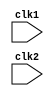
module pipelined_mips (clk1,clk2);

  input clk1,clk2;    //2 phase clk

  parameter R_format=6'b000000,lw=6'b100011,sw=6'b101011,
  beq=6'b000100,bne=6'b000101,j=6'b000010,jal=6'b000011,
  addi=6'b001000,andi=6'b001100,ori=6'b001101,xori=6'b001110,
  slti=6'b001010,lui=6'b001111,hlt=6'b111111;
  parameter jr_func=8;
  ////////////////////////////////////////////////////////////////////////////////
  reg halted , branch_taken;// special regs for hlt and indicating jump/branches
  //// inbetween stages registers
  reg [31:0] IF_ID_IR, ID_EX_IR, EX_MEM_IR, MEM_WB_IR,IF_ID_NPC, ID_EX_NPC,
  			 EX_MEM_NPC,MEM_WB_NPC,ID_EX_A,ID_EX_B,ID_EX_IMM,EX_MEM_ALUresult,
  			EX_MEM_A,EX_MEM_B,EX_MEM_BranchAdrr,MEM_WB_RDM,MEM_WB_ALUresult
  			,EX_MEM_JumpAdrr;
                  
  //////////////////////////////////////////////////////////////////////////////
  reg [31:0]  I_memory [0:8191];  // declaration of instruction mem of size 4KB 
  reg [31:0]  D_memory [0:8191];  // declaration of data mem of size 4KB 
  reg [31:0] reg_file[0:31]; 
  reg [31:0] pc;
////////////////////////////////////////////////////////////
  //stage 1 */ Instruction fetch (IF) /*////////////////////
  always @(posedge clk1)
    begin 
    	branch_taken<=#2  0;
      if (halted==0)
        begin
         
             // 	jump_taken<=#2 0;
          if (((EX_MEM_ALUresult==0)&&(EX_MEM_IR[31:26]==beq)) ||
              ((EX_MEM_ALUresult!=0)&&(EX_MEM_IR[31:26]==bne)) )     
          begin// if instruction being executed is bne or beq
          		IF_ID_NPC <=#2  EX_MEM_BranchAdrr+4;
         IF_ID_IR <= #2 I_memory[({2'b00,EX_MEM_BranchAdrr[31:2]})];
            	pc<=#2 EX_MEM_BranchAdrr+4;//>>2for byte addressed mem
            	branch_taken<=#2 1;
          end
          
          else if ((EX_MEM_IR[31:26]==j)||(EX_MEM_IR[31:26]==jal))
          begin		// if instruction being executed is jump/jal
          		IF_ID_NPC <=#2 EX_MEM_JumpAdrr+4;
          IF_ID_IR <=#2  I_memory[({2'b00,EX_MEM_JumpAdrr[31:2]})];
            pc<=#2 EX_MEM_JumpAdrr+4; 
             	branch_taken<=#2 1;
          end
          
          else if ( (EX_MEM_IR[5:0]==jr_func)&&(EX_MEM_IR[31:26]==0) )
          begin           // if instruction being executed is jr
            	IF_ID_NPC <=#2 EX_MEM_A+4;
            IF_ID_IR <=#2  I_memory[({2'b00,EX_MEM_A[31:2]})];
            	pc<=#2 EX_MEM_A+4;
             	branch_taken<=#2 1;
          end
           
          else // if instruction being executed is nonbranching inst.
          begin
          		IF_ID_NPC <=#2  pc+4;
            IF_ID_IR <= #2 I_memory[({2'b00,pc[31:2]})];
           	pc<=#2 pc+4;
            
          end       
            
        end
     end
////////////////////////////////////////////////////////////
 
  //stage 2 */ Instruction decode and reg fetch (ID) /*////
  always @(posedge clk2)
    begin 
      if (halted==0)
        begin
      	  ID_EX_IR<=#2 IF_ID_IR;
          ID_EX_NPC<=#2 IF_ID_NPC;
          ID_EX_IMM <= #2 {{16{IF_ID_IR[15]}},{IF_ID_IR[15:0]}};
          //extending imm field to 32 bits
          
          if (IF_ID_IR[25:21]==5'b00000)//tryin to access reg zero?!
            ID_EX_A <=#2  0;//else read1_A=reg_file[reg_address]
          else ID_EX_A <=#2 reg_file[IF_ID_IR[25:21]];
        
          if (IF_ID_IR[20:16]==5'b00000)//tryin to access reg zero?!
            ID_EX_B <=#2  0;//else read2_B=reg_file[reg_address]
          else ID_EX_B <=#2  reg_file[IF_ID_IR[20:16]];
     
        
        end
    end
///////////////////////////////////////////////////////////
  //stage 3 */ execution and effective addr calc (EX) /*////
  always @(posedge clk1)
    begin 
      if (halted==0)
        begin
      	 	    	
      
          EX_MEM_ALUresult<=#2 32'hDEADBEEF;//initialization(avoid latching)
          case (ID_EX_IR[31:26])//opcode
	        R_format:
	        begin
              case (ID_EX_IR[5:0]) //func
                //shamt=ID_EX_IR[10:6]
	         0:	EX_MEM_ALUresult<=#2 ID_EX_B<<ID_EX_IR[10:6] ; 	//sll
	         2:	EX_MEM_ALUresult<=#2 ID_EX_B>>ID_EX_IR[10:6] ; 	//srl
             3:	EX_MEM_ALUresult<=#2 $signed(ID_EX_B)>>>ID_EX_IR[10:6] ; 	//sra
	            32: EX_MEM_ALUresult<=#2 ID_EX_A+ID_EX_B ;	//add
	            34: EX_MEM_ALUresult<=#2 ID_EX_A-ID_EX_B ; 	//sub
	            36: EX_MEM_ALUresult<=#2 ID_EX_A&ID_EX_B ; 	//and
	            37: EX_MEM_ALUresult<=#2 ID_EX_A|ID_EX_B ; 	//or
	            38: EX_MEM_ALUresult<=#2 ID_EX_A^ID_EX_B ; 	//xor
                39: EX_MEM_ALUresult<=#2  ~(ID_EX_A|ID_EX_B) ; 	//nor
	            42: EX_MEM_ALUresult<=#2 $signed(ID_EX_A)<$signed(ID_EX_B) ; 	//slt
	            endcase
	        end

	        addi,lw,sw: EX_MEM_ALUresult<=#2 ID_EX_A+ID_EX_IMM; //addi, loads, stores
	        beq,bne: EX_MEM_ALUresult<=#2 ID_EX_A-ID_EX_B; //beq, bne
	        andi: EX_MEM_ALUresult<=#2 ID_EX_A&ID_EX_IMM; //andi
	        ori: EX_MEM_ALUresult<=#2 ID_EX_A|ID_EX_IMM; //ori
	        xori: EX_MEM_ALUresult<=#2 ID_EX_A^ID_EX_IMM; //xori
	        slti: EX_MEM_ALUresult<=#2 $signed(ID_EX_A)<$signed(ID_EX_IMM); //slti
	        lui: EX_MEM_ALUresult<=#2 ID_EX_IMM<<16; //lui
        endcase
         EX_MEM_IR<=#2 ID_EX_IR;
         	EX_MEM_NPC<=#2 ID_EX_NPC;
			EX_MEM_A<=#2 ID_EX_A;
         	EX_MEM_B<=#2 ID_EX_B;
            EX_MEM_BranchAdrr<=#2 ID_EX_NPC+(ID_EX_IMM<<2);
          EX_MEM_JumpAdrr<=#2 {ID_EX_NPC[31:28],ID_EX_IR[25:0],2'b00};
        end
    end
///////////////////////////////////////////////////////////
 
  //stage 4 */ Memory access and branch checking (MEM) /*////
  always @(posedge clk2)
    begin 
      if (halted==0)
        begin
      
          if (EX_MEM_IR[31:26]==lw)
            MEM_WB_RDM<=#2 D_memory[EX_MEM_ALUresult>>2];
          
          else if((EX_MEM_IR[31:26]==sw)&&(branch_taken==0))
					//disable writing if there is abranch
            D_memory[EX_MEM_ALUresult>>2]<=#2 EX_MEM_B;
      
        	MEM_WB_IR<=#2 EX_MEM_IR;
        MEM_WB_NPC<=#2 EX_MEM_NPC;
          MEM_WB_ALUresult<=#2 EX_MEM_ALUresult;
          
        end
    end
///////////////////////////////////////////////////////////
  
  //stage 5  register write back stage (WB) ///////////
  always @(posedge clk1)
    begin
      if (branch_taken==0)
         	 begin
        case (MEM_WB_IR[31:26])
          hlt : halted<=#2 1'b1;
          R_format : reg_file [MEM_WB_IR[15:11]]<=#2 MEM_WB_ALUresult;
  addi,andi,slti,ori,xori,lui : reg_file [MEM_WB_IR[20:16]]<=#2 MEM_WB_ALUresult;
          lw :  reg_file [MEM_WB_IR[20:16]]<=#2 MEM_WB_RDM;
            jal : reg_file[31]<=#2 MEM_WB_NPC;//current pc+4
           
                
            endcase
    end
    end
///////////////////////////////////////////////////////////


endmodule